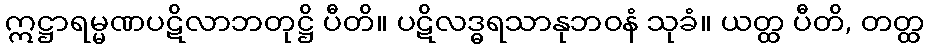
ဣဋ္ဌာရမ္မဏပဋိလာဘတုဋ္ဌိ ပီတိ။ ပဋိလဒ္ဓရသာနုဘဝနံ သုခံ။ ယတ္ထ ပီတိ, တတ္ထ